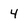
Character: 4